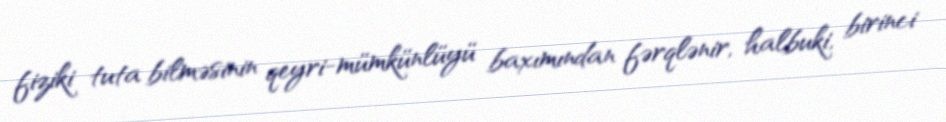
fiziki tuta bilməsinin qeyri-mümkünlüyü baxımından fərqlənir, halbuki, birinci